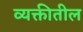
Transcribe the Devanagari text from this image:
व्यक्तीतील